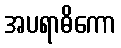
အပရာဓိကော